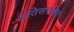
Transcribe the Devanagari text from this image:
अतिसंरक्षित